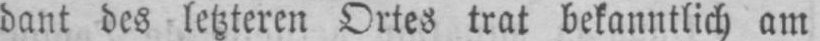
dant des letzteren Ortes trat bekanntlich am